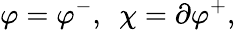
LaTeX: \varphi=\varphi^{-},~~\chi=\partial\varphi^{+},